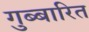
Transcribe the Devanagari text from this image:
गुब्बारित